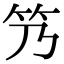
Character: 𬔬